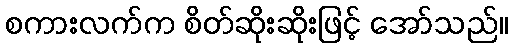
စကားလက်က စိတ်ဆိုးဆိုးဖြင့် အော်သည်။